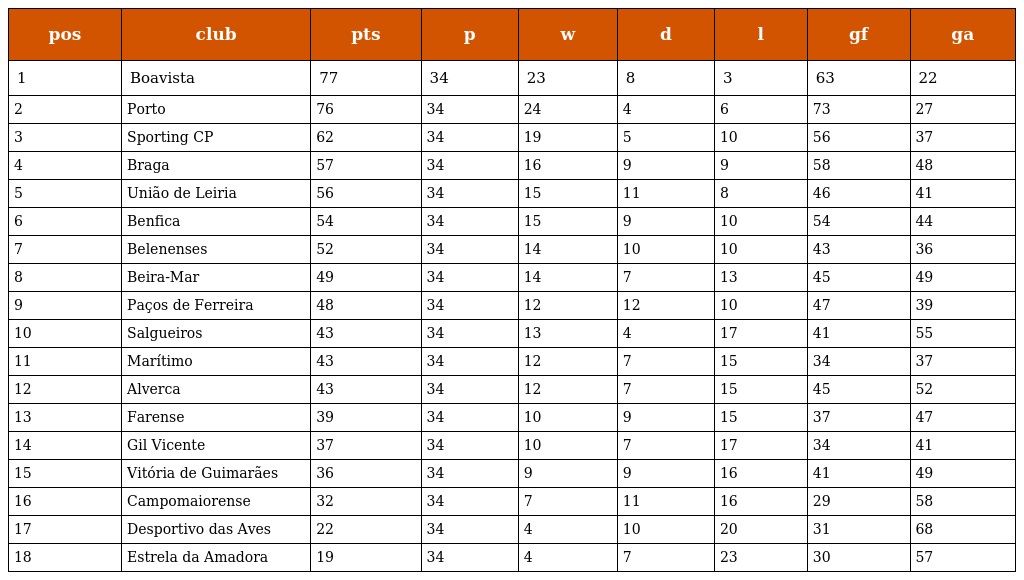
| pos | club | pts | p | w | d | l | gf | ga |
 | --- | --- | --- | --- | --- | --- | --- | --- | --- |
 | 1 | Boavista | 77 | 34 | 23 | 8 | 3 | 63 | 22 |
 | 2 | Porto | 76 | 34 | 24 | 4 | 6 | 73 | 27 |
 | 3 | Sporting CP | 62 | 34 | 19 | 5 | 10 | 56 | 37 |
 | 4 | Braga | 57 | 34 | 16 | 9 | 9 | 58 | 48 |
 | 5 | União de Leiria | 56 | 34 | 15 | 11 | 8 | 46 | 41 |
 | 6 | Benfica | 54 | 34 | 15 | 9 | 10 | 54 | 44 |
 | 7 | Belenenses | 52 | 34 | 14 | 10 | 10 | 43 | 36 |
 | 8 | Beira-Mar | 49 | 34 | 14 | 7 | 13 | 45 | 49 |
 | 9 | Paços de Ferreira | 48 | 34 | 12 | 12 | 10 | 47 | 39 |
 | 10 | Salgueiros | 43 | 34 | 13 | 4 | 17 | 41 | 55 |
 | 11 | Marítimo | 43 | 34 | 12 | 7 | 15 | 34 | 37 |
 | 12 | Alverca | 43 | 34 | 12 | 7 | 15 | 45 | 52 |
 | 13 | Farense | 39 | 34 | 10 | 9 | 15 | 37 | 47 |
 | 14 | Gil Vicente | 37 | 34 | 10 | 7 | 17 | 34 | 41 |
 | 15 | Vitória de Guimarães | 36 | 34 | 9 | 9 | 16 | 41 | 49 |
 | 16 | Campomaiorense | 32 | 34 | 7 | 11 | 16 | 29 | 58 |
 | 17 | Desportivo das Aves | 22 | 34 | 4 | 10 | 20 | 31 | 68 |
 | 18 | Estrela da Amadora | 19 | 34 | 4 | 7 | 23 | 30 | 57 |